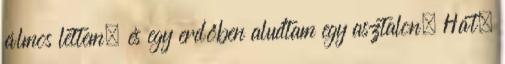
álmos lettem, és egy erdőben aludtam egy asztalon. Hát,